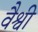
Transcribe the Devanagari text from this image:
वैश्वी